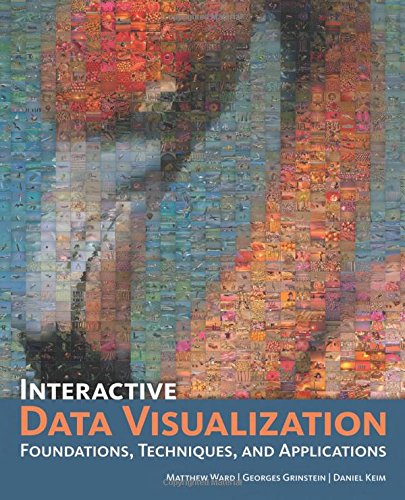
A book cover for Interactive Data Visualization: Foundations, Techniques, and Applications; Matthew O. Ward; Science & Math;